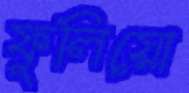
ফুলিয়ো